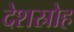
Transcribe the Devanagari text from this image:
देशस्रोह